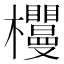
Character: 𣡠